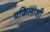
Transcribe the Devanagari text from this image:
वकिलाशी